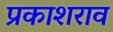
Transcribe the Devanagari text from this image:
प्रकाशराव